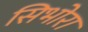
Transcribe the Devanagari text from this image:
सिभोरा